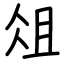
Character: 俎